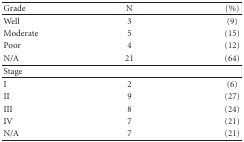
| Grade | N | (%) |
 | --- | --- | --- |
 | Well | 3 | (9) |
 | Moderate | 5 | (15) |
 | Poor | 4 | (12) |
 | N/A | 21 | (64) |
 | Stage |
 | I | 2 | (6) |
 | II | 9 | (27) |
 | III | 8 | (24) |
 | IV | 7 | (21) |
 | N/A | 7 | (21) |